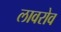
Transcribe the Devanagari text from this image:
लावरोव